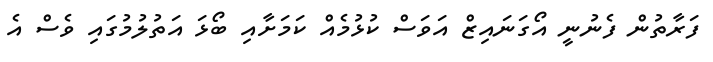
ފަރާތުން ފެނުނީ އޯގަނައިޒް އަވަސް ކުޅުމެއް ކަމަށާއި ބޯޅަ އަތުލުމުގައި ވެސް އެ